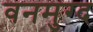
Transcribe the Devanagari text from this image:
वनमुग्द